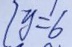
2 y = 6